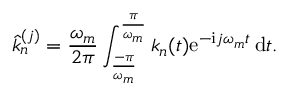
\hat { k } _ { n } ^ { ( j ) } = \frac { \omega _ { m } } { 2 \pi } \int _ { \frac { - \pi } { \omega _ { m } } } ^ { \frac { \pi } { \omega _ { m } } } k _ { n } ( t ) \mathrm { e } ^ { - \mathrm { i } j \omega _ { m } t } \, \mathrm { d } t .